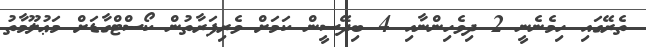
ތެރޭގައި ހިމެނެނީ 2 ދިވެހިންނާއި 4 ބިދޭސީން ކަމަށް ވެރިފަރާތުން ކޯސްޓްގާޑަށް މަޢުލޫމާތު